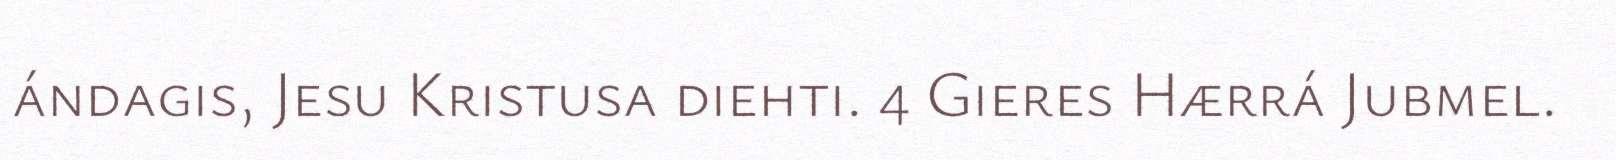
ándagis, Jesu Kristusa diehti. 4 Gieres Hærrá Jubmel.